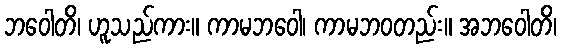
ဘဝေါတိ၊ ဟူသည်ကား။ ကာမဘဝေါ၊ ကာမဘဝတည်း။ အဘဝေါတိ၊